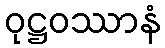
ဝုဋ္ဌဝဿာနံ